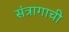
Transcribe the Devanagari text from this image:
संत्रागाची